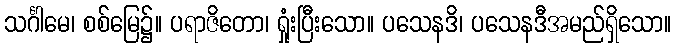
သင်္ဂါမေ၊ စစ်မြေ၌။ ပရာဇိတော၊ ရှုံးပြီးသော။ ပသေနဒိ၊ ပသေနဒီအမည်ရှိသော။